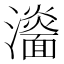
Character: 𤃨